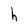
Character: h